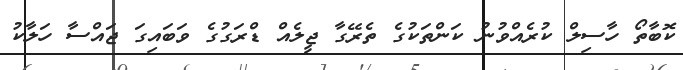
ކޮބާތޯ ހާސިލް ކުރެއްވުނު ކަންތަކުގެ ތެރޭގާ ޖީލެއް ޑްރަގުގެ ވަބައިގަ ޖައްސާ ހަލާކު